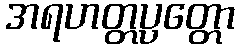
အရဟတ္တပ္ပတ္တော